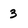
Character: 3